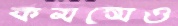
কমন্সেও